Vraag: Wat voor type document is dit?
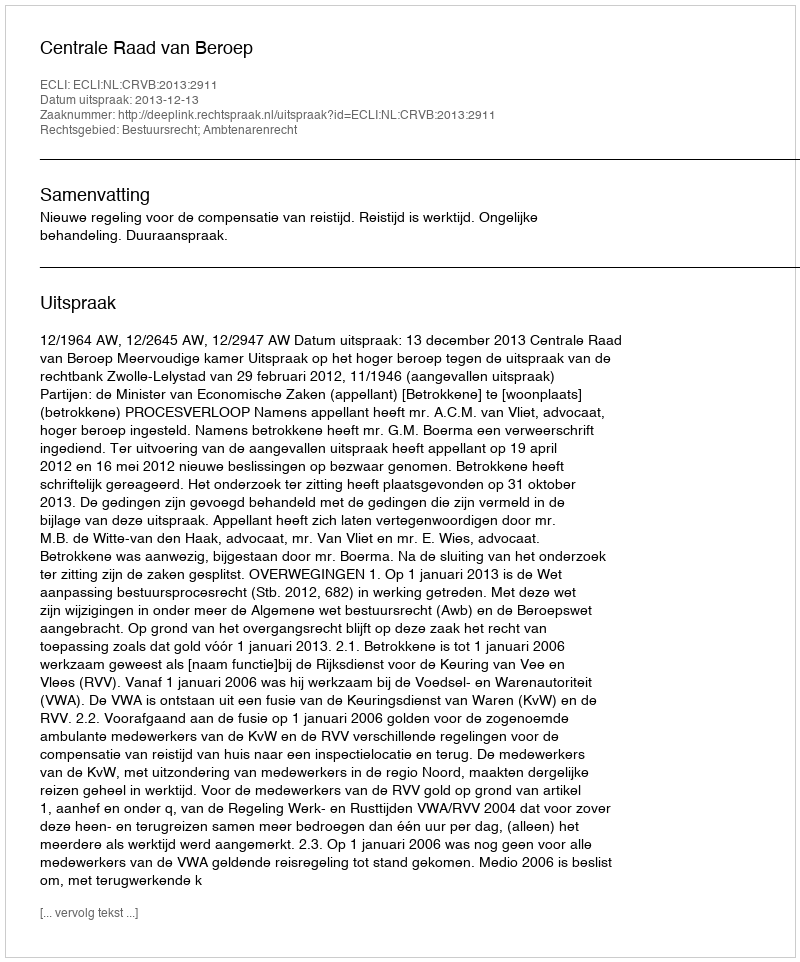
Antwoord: Uitspraak